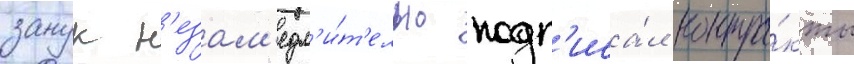
занук н'езам'едл'и́т'ельно подп'иса́л контра́кты